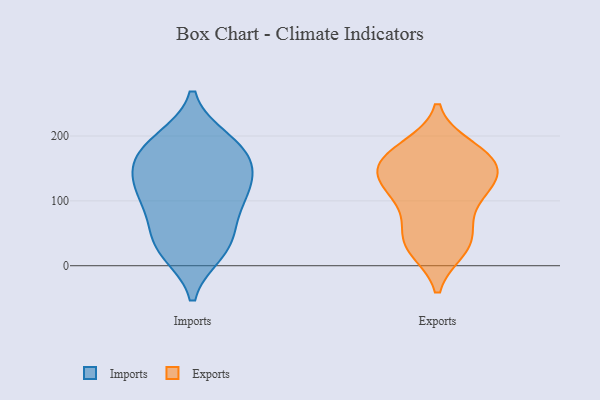
{"axis": {"x": "Inventory Turnover", "y": "Value"}, "legend": ["Exports", "Imports"], "data": [{"x": "", "y": 177, "type": "Imports"}, {"x": "", "y": 192, "type": "Imports"}, {"x": "", "y": 172, "type": "Imports"}, {"x": "", "y": 81, "type": "Imports"}, {"x": "", "y": 23, "type": "Imports"}, {"x": "", "y": 110, "type": "Imports"}, {"x": "", "y": 141, "type": "Imports"}, {"x": "", "y": 138, "type": "Imports"}, {"x": "", "y": 194, "type": "Imports"}, {"x": "", "y": 103, "type": "Imports"}, {"x": "", "y": 112, "type": "Imports"}, {"x": "", "y": 37, "type": "Imports"}, {"x": "", "y": 49, "type": "Imports"}, {"x": "", "y": 155, "type": "Imports"}, {"x": "", "y": 21, "type": "Imports"}, {"x": "", "y": 31, "type": "Exports"}, {"x": "", "y": 113, "type": "Exports"}, {"x": "", "y": 182, "type": "Exports"}, {"x": "", "y": 113, "type": "Exports"}, {"x": "", "y": 139, "type": "Exports"}, {"x": "", "y": 175, "type": "Exports"}, {"x": "", "y": 142, "type": "Exports"}, {"x": "", "y": 137, "type": "Exports"}, {"x": "", "y": 155, "type": "Exports"}, {"x": "", "y": 106, "type": "Exports"}, {"x": "", "y": 172, "type": "Exports"}, {"x": "", "y": 163, "type": "Exports"}, {"x": "", "y": 26, "type": "Exports"}, {"x": "", "y": 50, "type": "Exports"}, {"x": "", "y": 30, "type": "Exports"}, {"x": "", "y": 68, "type": "Exports"}]}